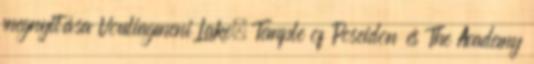
megnyitása Vouliagmeni Lake, Temple of Poseidon és The Academy